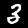
Label: 3